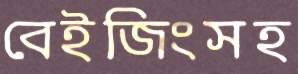
বেইজিংসহ